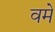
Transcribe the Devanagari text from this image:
वमें